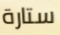
ستارة